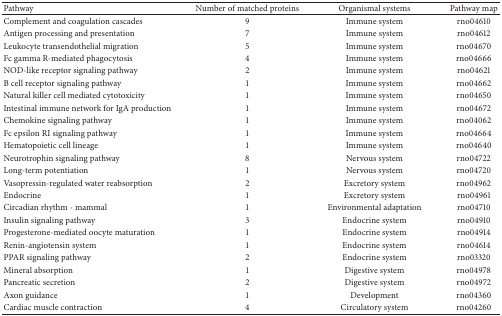
| Pathway | Number of matched proteins | Organismal systems | Pathway map |
 | --- | --- | --- | --- |
 | Complement and coagulation cascades | 9 | Immune system | rno04610 |
 | Antigen processing and presentation | 7 | Immune system | rno04612 |
 | Leukocyte transendothelial migration | 5 | Immune system | rno04670 |
 | Fc gamma R-mediated phagocytosis | 4 | Immune system | rno04666 |
 | NOD-like receptor signaling pathway | 2 | Immune system | rno04621 |
 | B cell receptor signaling pathway | 1 | Immune system | rno04662 |
 | Natural killer cell mediated cytotoxicity | 1 | Immune system | rno04650 |
 | Intestinal immune network for IgA production | 1 | Immune system | rno04672 |
 | Chemokine signaling pathway | 1 | Immune system | rno04062 |
 | Fc epsilon RI signaling pathway | 1 | Immune system | rno04664 |
 | Hematopoietic cell lineage | 1 | Immune system | rno04640 |
 | Neurotrophin signaling pathway | 8 | Nervous system | rno04722 |
 | Long-term potentiation | 1 | Nervous system | rno04720 |
 | Vasopressin-regulated water reabsorption | 2 | Excretory system | rno04962 |
 | Endocrine | 1 | Excretory system | rno04961 |
 | Circadian rhythm - mammal | 1 | Environmental adaptation | rno04710 |
 | Insulin signaling pathway | 3 | Endocrine system | rno04910 |
 | Progesterone-mediated oocyte maturation | 1 | Endocrine system | rno04914 |
 | Renin-angiotensin system | 1 | Endocrine system | rno04614 |
 | PPAR signaling pathway | 2 | Endocrine system | rno03320 |
 | Mineral absorption | 1 | Digestive system | rno04978 |
 | Pancreatic secretion | 2 | Digestive system | rno04972 |
 | Axon guidance | 1 | Development | rno04360 |
 | Cardiac muscle contraction | 4 | Circulatory system | rno04260 |